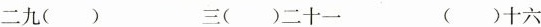
二九( ) 三( )二十一 ( )十六